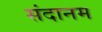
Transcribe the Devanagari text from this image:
संदानम